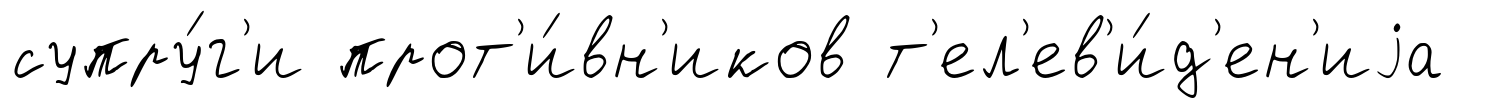
супру́г'и прот'и́вн'иков т'ел'ев'и́д'ен'иjа